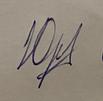
Signature authenticity: forged